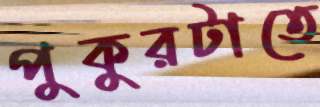
পুকুরটাতে